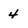
Character: 4